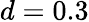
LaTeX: d=0.3